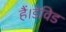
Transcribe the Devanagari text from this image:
हैं।डेविड